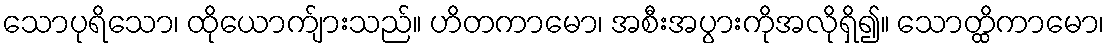
သောပုရိသော၊ ထိုယောက်ျားသည်။ ဟိတကာမော၊ အစီးအပွားကိုအလိုရှိ၍။ သောတ္ထိကာမော၊